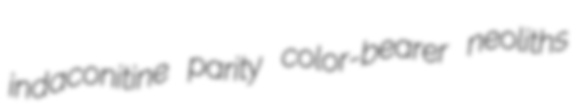
indaconitine parity color-bearer neoliths